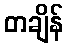
တချိန်